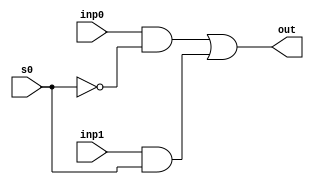
/*
   This file was generated automatically by Alchitry Labs version 1.2.1.
   Do not edit this file directly. Instead edit the original Lucid source.
   This is a temporary file and any changes made to it will be destroyed.
*/

module mux2_12 (
    input inp0,
    input inp1,
    input s0,
    output reg out
  );
  
  
  
  always @* begin
    out = (inp0 & (~s0)) | (inp1 & s0);
  end
endmodule